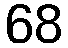
68